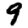
Digit: 9